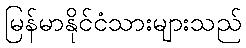
မြန်မာနိုင်ငံသားများသည်